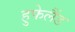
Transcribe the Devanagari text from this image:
हुफेलैंड